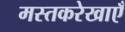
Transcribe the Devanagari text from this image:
मस्तकरेखाएँ